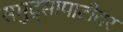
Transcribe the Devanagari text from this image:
समुद्र्सापाटीवर